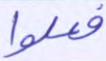
فعلوا